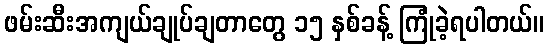
ဖမ်းဆီးအကျယ်ချုပ်ချတာတွေ ၁၅ နှစ်ခန့် ကြုံခဲ့ရပါတယ်။